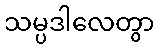
သမ္ပဒါလေတွာ